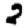
Digit: 2